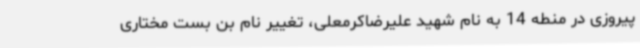
پیروزی در منطه 14 به نام شهید علیرضاکرمعلی، تغییر نام بن بست مختاری